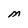
Character: M